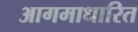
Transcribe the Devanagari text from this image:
आगमाधारित